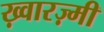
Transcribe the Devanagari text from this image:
ख़्वारज़्मी